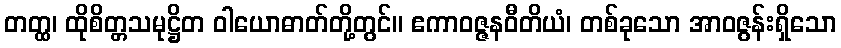
တတ္ထ၊ ထိုစိတ္တသမုဋ္ဌိတ ဝါယောဓာတ်တို့တွင်။ ဧကာဝဇ္ဇနဝီတိယံ၊ တစ်ခုသော အာဝဇွန်းရှိသော